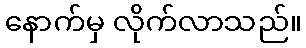
နောက်မှ လိုက်လာသည်။